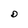
Character: D